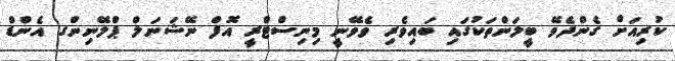
ކުރިއަށް ގެންދެވޭ ބީލަންތަކުގައި ބައިވެރި ވެވޭނީ މިނިސްޓްރީ އޮފް ނޭޝަނަލް ޕްލޭނިންގ އެންޑް